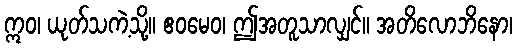
ဣဝ၊ ယုတ်သကဲ့သို့။ ဧဝမေဝ၊ ဤအတူသာလျှင်။ အတိလောဘိနော၊